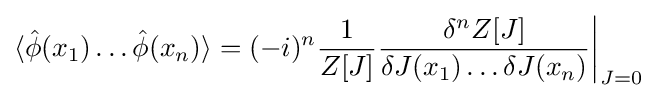
\langle {\hat {\phi }}(x_{1})\dots {\hat {\phi }}(x_{n})\rangle =(-i)^{n}{\frac {1}{Z[J]}}{\frac {\delta ^{n}Z[J]}{\delta J(x_{1})\dots \delta J(x_{n})}}{\bigg |}_{J=0}